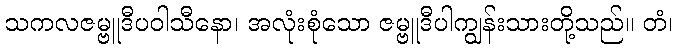
သကလဇမ္ဗူဒီပဝါသီနော၊ အလုံးစုံသော ဇမ္ဗူဒီပါကျွန်းသားတို့သည်။ တံ၊